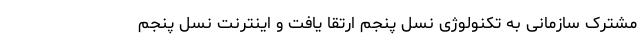
مشترک سازمانی به تکنولوژی نسل پنجم ارتقا یافت و اینترنت نسل پنجم